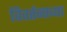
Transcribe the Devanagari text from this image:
विवर्तनाच्या